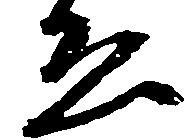
ゑ